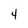
Character: 4